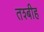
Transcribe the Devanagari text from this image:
तश्बीह